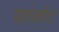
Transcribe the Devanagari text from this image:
वालजापेट